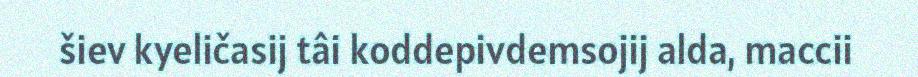
šiev kyeličasij tâi koddepivdemsojij alda, maccii